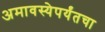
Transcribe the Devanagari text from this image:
अमावस्येपर्यंतचा